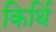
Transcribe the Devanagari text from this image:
किर्थि